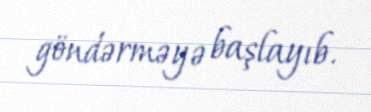
göndərməyə başlayıb.